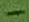
Text: -